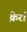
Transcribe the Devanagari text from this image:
क्रेर्रा